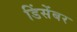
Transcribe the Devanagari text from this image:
डिंसेंबर